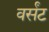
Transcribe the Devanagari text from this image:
वर्संट